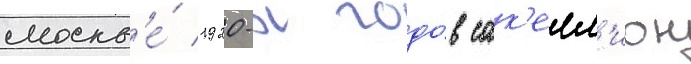
москв'е́ 1920-х годо́в сак'елл'ион